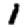
Digit: 1